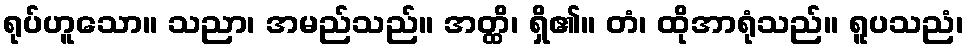
ရုပ်ဟူသော။ သညာ၊ အမည်သည်။ အတ္ထိ၊ ရှိ၏။ တံ၊ ထိုအာရုံသည်။ ရူပသညံ၊